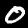
Label: 0